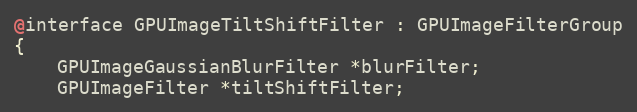
Language: C
@interface GPUImageTiltShiftFilter : GPUImageFilterGroup
{
    GPUImageGaussianBlurFilter *blurFilter;
    GPUImageFilter *tiltShiftFilter;